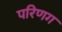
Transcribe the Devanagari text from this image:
परिणग